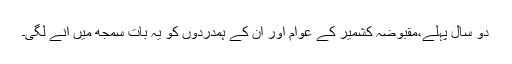
دو سال پہلے،مقبوضہ کشمیر کے عوام اور ان کے ہمدردوں کو یہ بات سمجھ میں آنے لگی۔